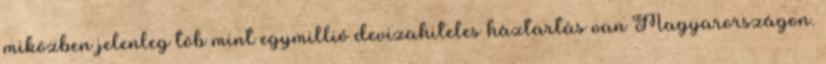
miközben jelenleg töb mint egymillió devizahiteles háztartás van Magyarországon.